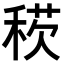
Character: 𥟕